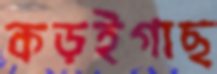
কড়ইগাছ